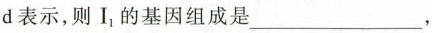
d表示，则 $$I_{1}$$ }基因组成是___。